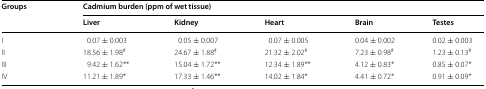
| <ROWSPAN=2> Groups | <COLSPAN=5> Cadmium burden (ppm of wet tissue) |
 | Liver | Kidney | Heart | Brain | Testes |
 | --- | --- | --- | --- | --- | --- |
 | I | 0.07 ± 0.003 | 0.05 ± 0.007 | 0.07 ± 0.005 | 0.04 ± 0.002 | 0.02 ± 0.003 |
 | II | 18.56 ± 1.98# | 24.67 ± 1.88# | 21.32 ± 2.02# | 7.23 ± 0.98# | 1.23 ± 0.13# |
 | III | 9.42 ± 1.62** | 15.04 ± 1.72** | 12.34 ± 1.89** | 4.12 ± 0.83* | 0.85 ± 0.07* |
 | IV | 11.21 ± 1.89* | 17.33 ± 1.46** | 14.02 ± 1.84* | 4.41 ± 0.72* | 0.91 ± 0.09* |